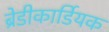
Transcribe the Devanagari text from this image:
ब्रेडीकार्डियक